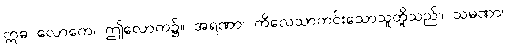
ဣဓ လောကေ၊ ဤလောက၌။ အရဏာ၊ ကိလေသာကင်းသောသူတို့သည်။ သမဏာ၊